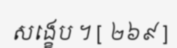
សង្ខេប ។ [ ២៦៩ ]